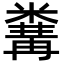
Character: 𥻰